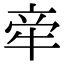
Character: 𬌟